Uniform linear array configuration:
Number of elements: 8
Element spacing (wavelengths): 1
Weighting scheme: exponential
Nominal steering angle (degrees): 15
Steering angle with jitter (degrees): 16.815
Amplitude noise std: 0.05
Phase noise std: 0.05

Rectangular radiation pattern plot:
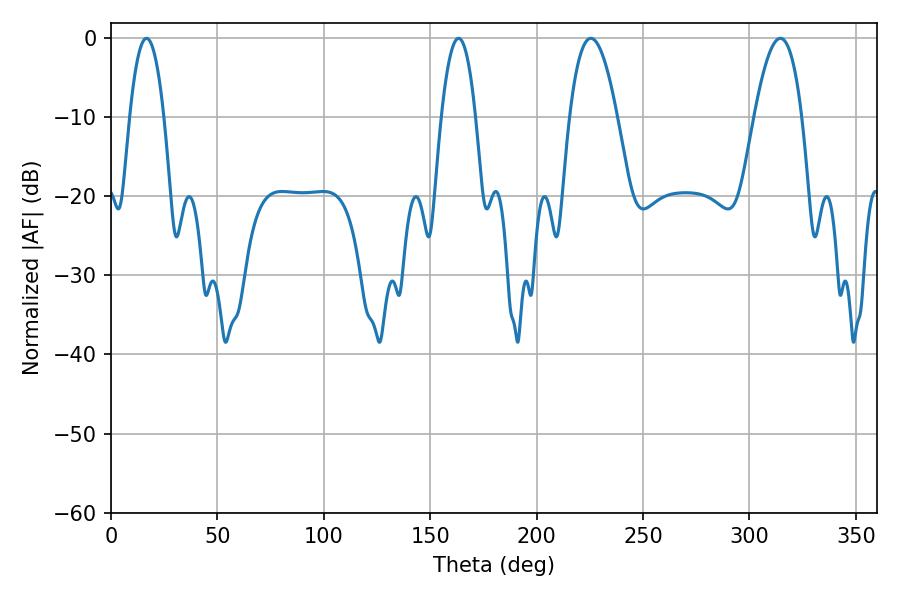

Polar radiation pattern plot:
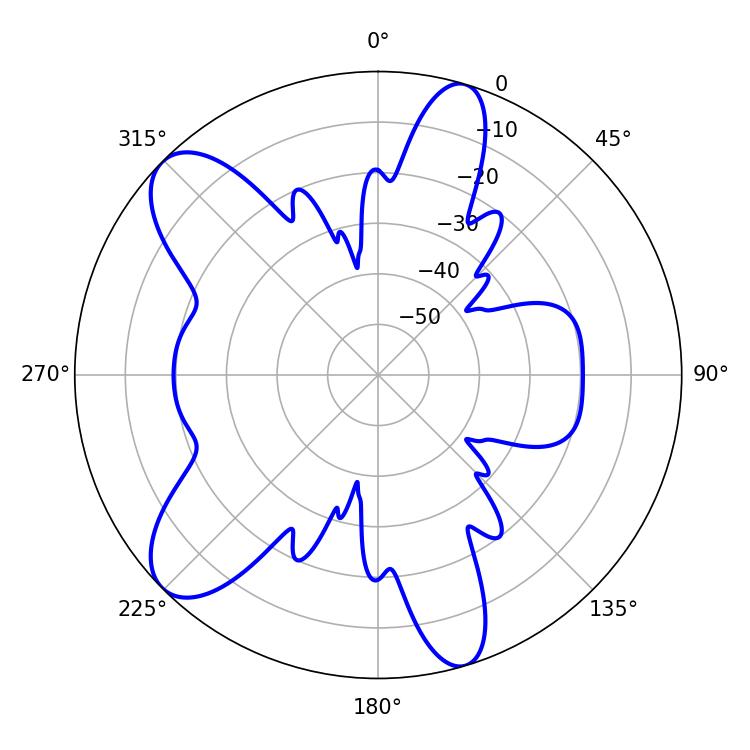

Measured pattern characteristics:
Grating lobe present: TRUE
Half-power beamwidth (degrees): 12.24
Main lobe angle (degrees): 225.54